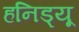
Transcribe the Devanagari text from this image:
हनिड्यू